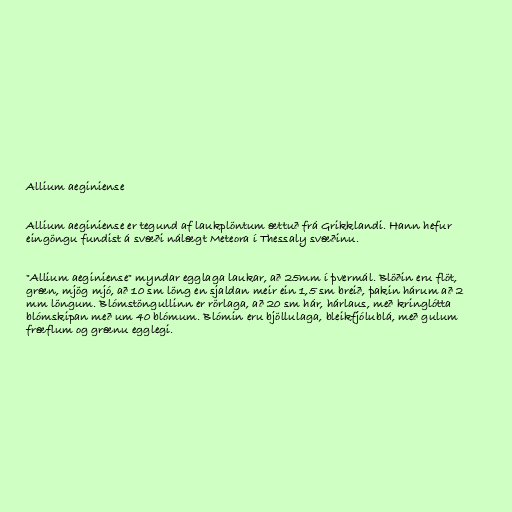
Allium aeginiense

Allium aeginiense er tegund af laukplöntum ættuð frá Grikklandi. Hann hefur
eingöngu fundist á svæði nálægt Meteora í Thessaly svæðinu.

"Allium aeginiense" myndar egglaga laukar, að 25mm í þvermál. Blöðin eru flöt,
græn, mjög mjó, að 10 sm löng en sjaldan meir ein 1,5 sm breið, þakin hárum að 2
mm löngum. Blómstöngullinn er rörlaga, að 20 sm hár, hárlaus, með kringlótta
blómskipan með um 40 blómum. Blómin eru bjöllulaga, bleikfjólublá, með gulum
fræflum og grænu egglegi.